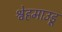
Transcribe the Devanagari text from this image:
श्वेहमाउडू